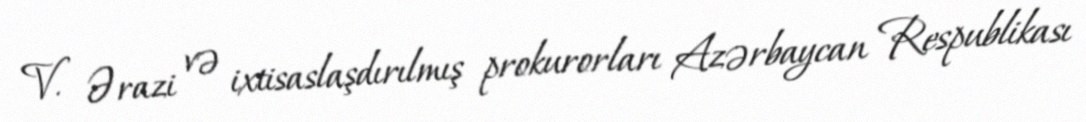
V. Ərazi və ixtisaslaşdırılmış prokurorları Azərbaycan Respublikası